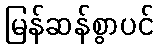
မြန်ဆန်စွာပင်